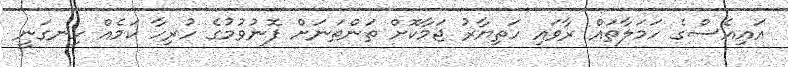
އައިއެސްގެ ހަމަލާތައް ރާވައި ހަތިޔާރު ޖަމާކޮށް ތަންތަނަށް ފޮނުވުމުގެ ހުރިހާ ކަމެއް ހިނގަނީ